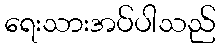
ရေးသားအပ်ပါသည်